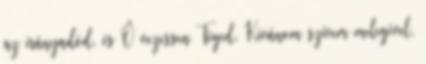
az irányadód, és Ő vezessen Téged. Kívánom szívem melegével,